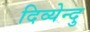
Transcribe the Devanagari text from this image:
दिव्येन्दु